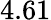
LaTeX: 4.61